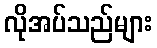
လိုအပ်သည်များ